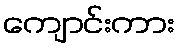
ကျောင်းကား